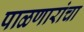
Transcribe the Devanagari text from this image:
पाळणारांचा